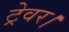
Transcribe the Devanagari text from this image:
ट्रेवर।